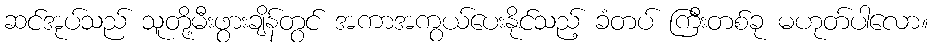
ဆင်အုပ်သည် သူတို့မီးဖွားချိန်တွင် အကာအကွယ်ပေးနိုင်သည့် ခံတပ် ကြီးတစ်ခု မဟုတ်ပါလော။